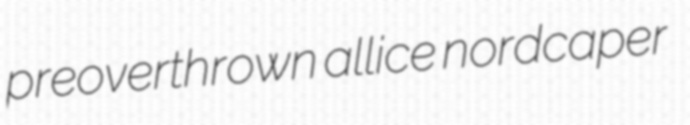
preoverthrown allice nordcaper